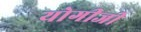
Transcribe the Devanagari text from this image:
योगीजी